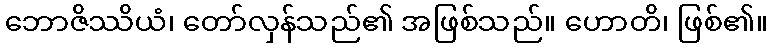
ဘောဇိဿိယံ၊ တော်လှန်သည်၏ အဖြစ်သည်။ ဟောတိ၊ ဖြစ်၏။